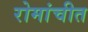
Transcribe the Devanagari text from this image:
रोमांचीत